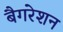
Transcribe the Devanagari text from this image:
बैगरेशन